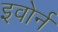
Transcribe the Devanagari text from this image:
इवोर्न